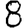
Digit: 8